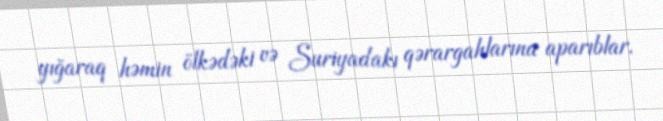
yığaraq həmin ölkədəki və Suriyadakı qərargahlarına aparıblar.